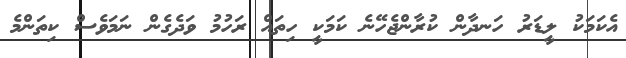
އެކަމަކު ލީޑަރު ހަނދާން ކުރާންޖެހޭނެ ކަމަކީ ހިތައް ރަހުމު ވަދެގެން ނަމަވެސް ކިތަންމެ